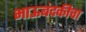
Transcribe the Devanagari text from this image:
भाऊबंदकीचा